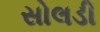
સોલડી